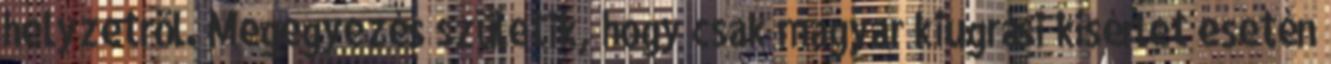
helyzetrõl. Megegyezés születik, hogy csak magyar kiugrási kísérlet esetén